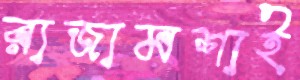
রাজামশাই